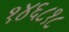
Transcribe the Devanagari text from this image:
१४६८१८